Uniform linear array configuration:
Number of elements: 16
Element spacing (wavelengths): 0.25
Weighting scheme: kaiser
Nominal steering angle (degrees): -45
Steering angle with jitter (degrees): -45.45
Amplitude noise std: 0.05
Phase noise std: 0.05

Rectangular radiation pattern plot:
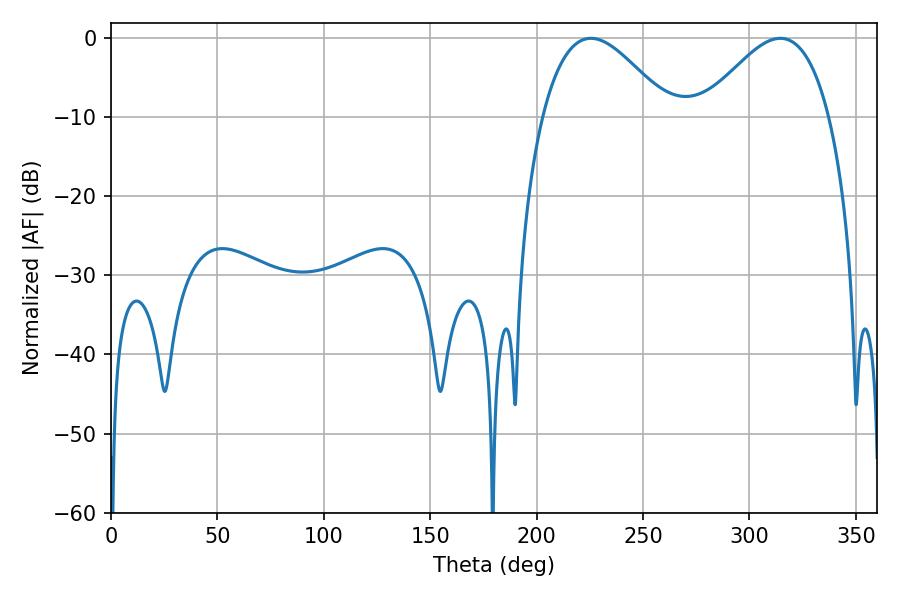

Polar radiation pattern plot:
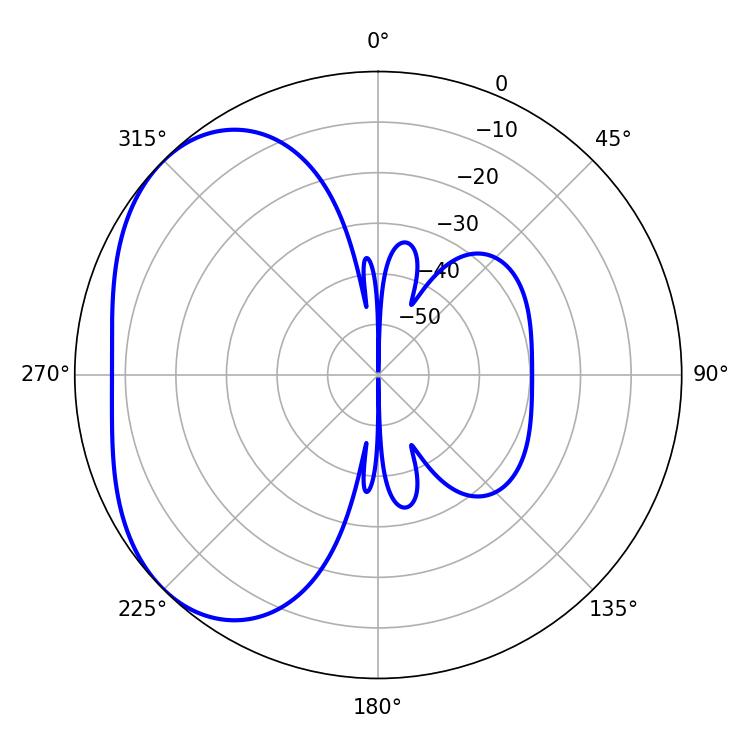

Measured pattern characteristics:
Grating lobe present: FALSE
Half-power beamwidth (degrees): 32.22
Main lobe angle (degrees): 225.54